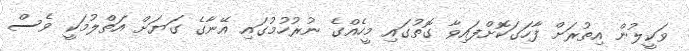
ވަކީލުން އިތުރަށް ފާހަގަކޮށްފައިވާ ގޮތުގައި މީހެއްގެ ނުރުހުމުގައި އޭނާގެ ގަޔަށް އަތްލުމަކީ ވެސް